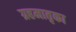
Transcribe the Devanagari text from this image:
ग्रहमातृका